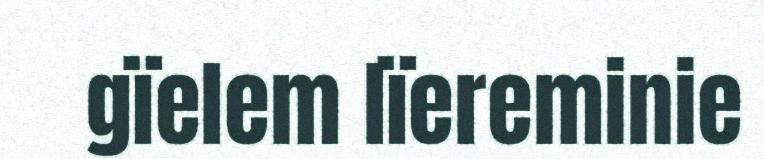
gïelem lïereminie